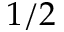
1 / 2